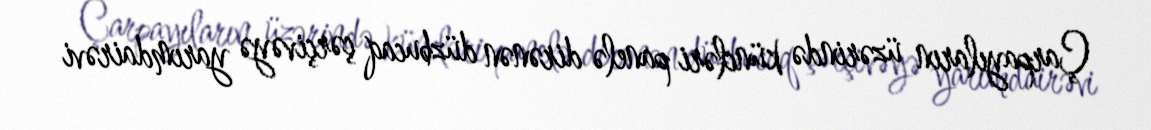
Çarpayıların üzərində küncləri panelə dirənən düzbucaq çərçivəyə yarımdairəvi